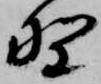
野